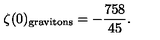
\zeta ( 0 ) _ { \mathrm { g r a v i t o n s } } = - { \frac { 7 5 8 } { 4 5 } } .